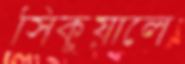
সিকুয়ালে